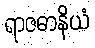
ရာဇဓာနိယံ